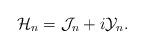
LaTeX: \begin{align*}\mathcal{H}_n = \mathcal{J}_n + i \mathcal{Y}_n.\end{align*}